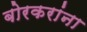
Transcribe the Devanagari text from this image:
बोरकरांना